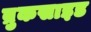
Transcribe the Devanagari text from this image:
ब्रुकसाइड